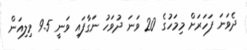
ދެވަނަ ފަހަރަށް މިމަހުގެ 20 ވަނަ ދުވަހު ނަގާފައި ވަނީ 9.5 މިލިއަން